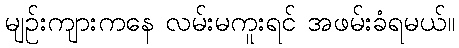
မျဉ်းကျားကနေ လမ်းမကူးရင် အဖမ်းခံရမယ်။